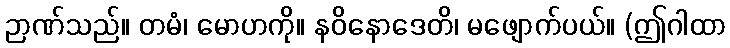
ဉာဏ်သည်။ တမံ၊ မောဟကို။ နဝိနောဒေတိ၊ မဖျောက်ပယ်။ (ဤဂါထာ